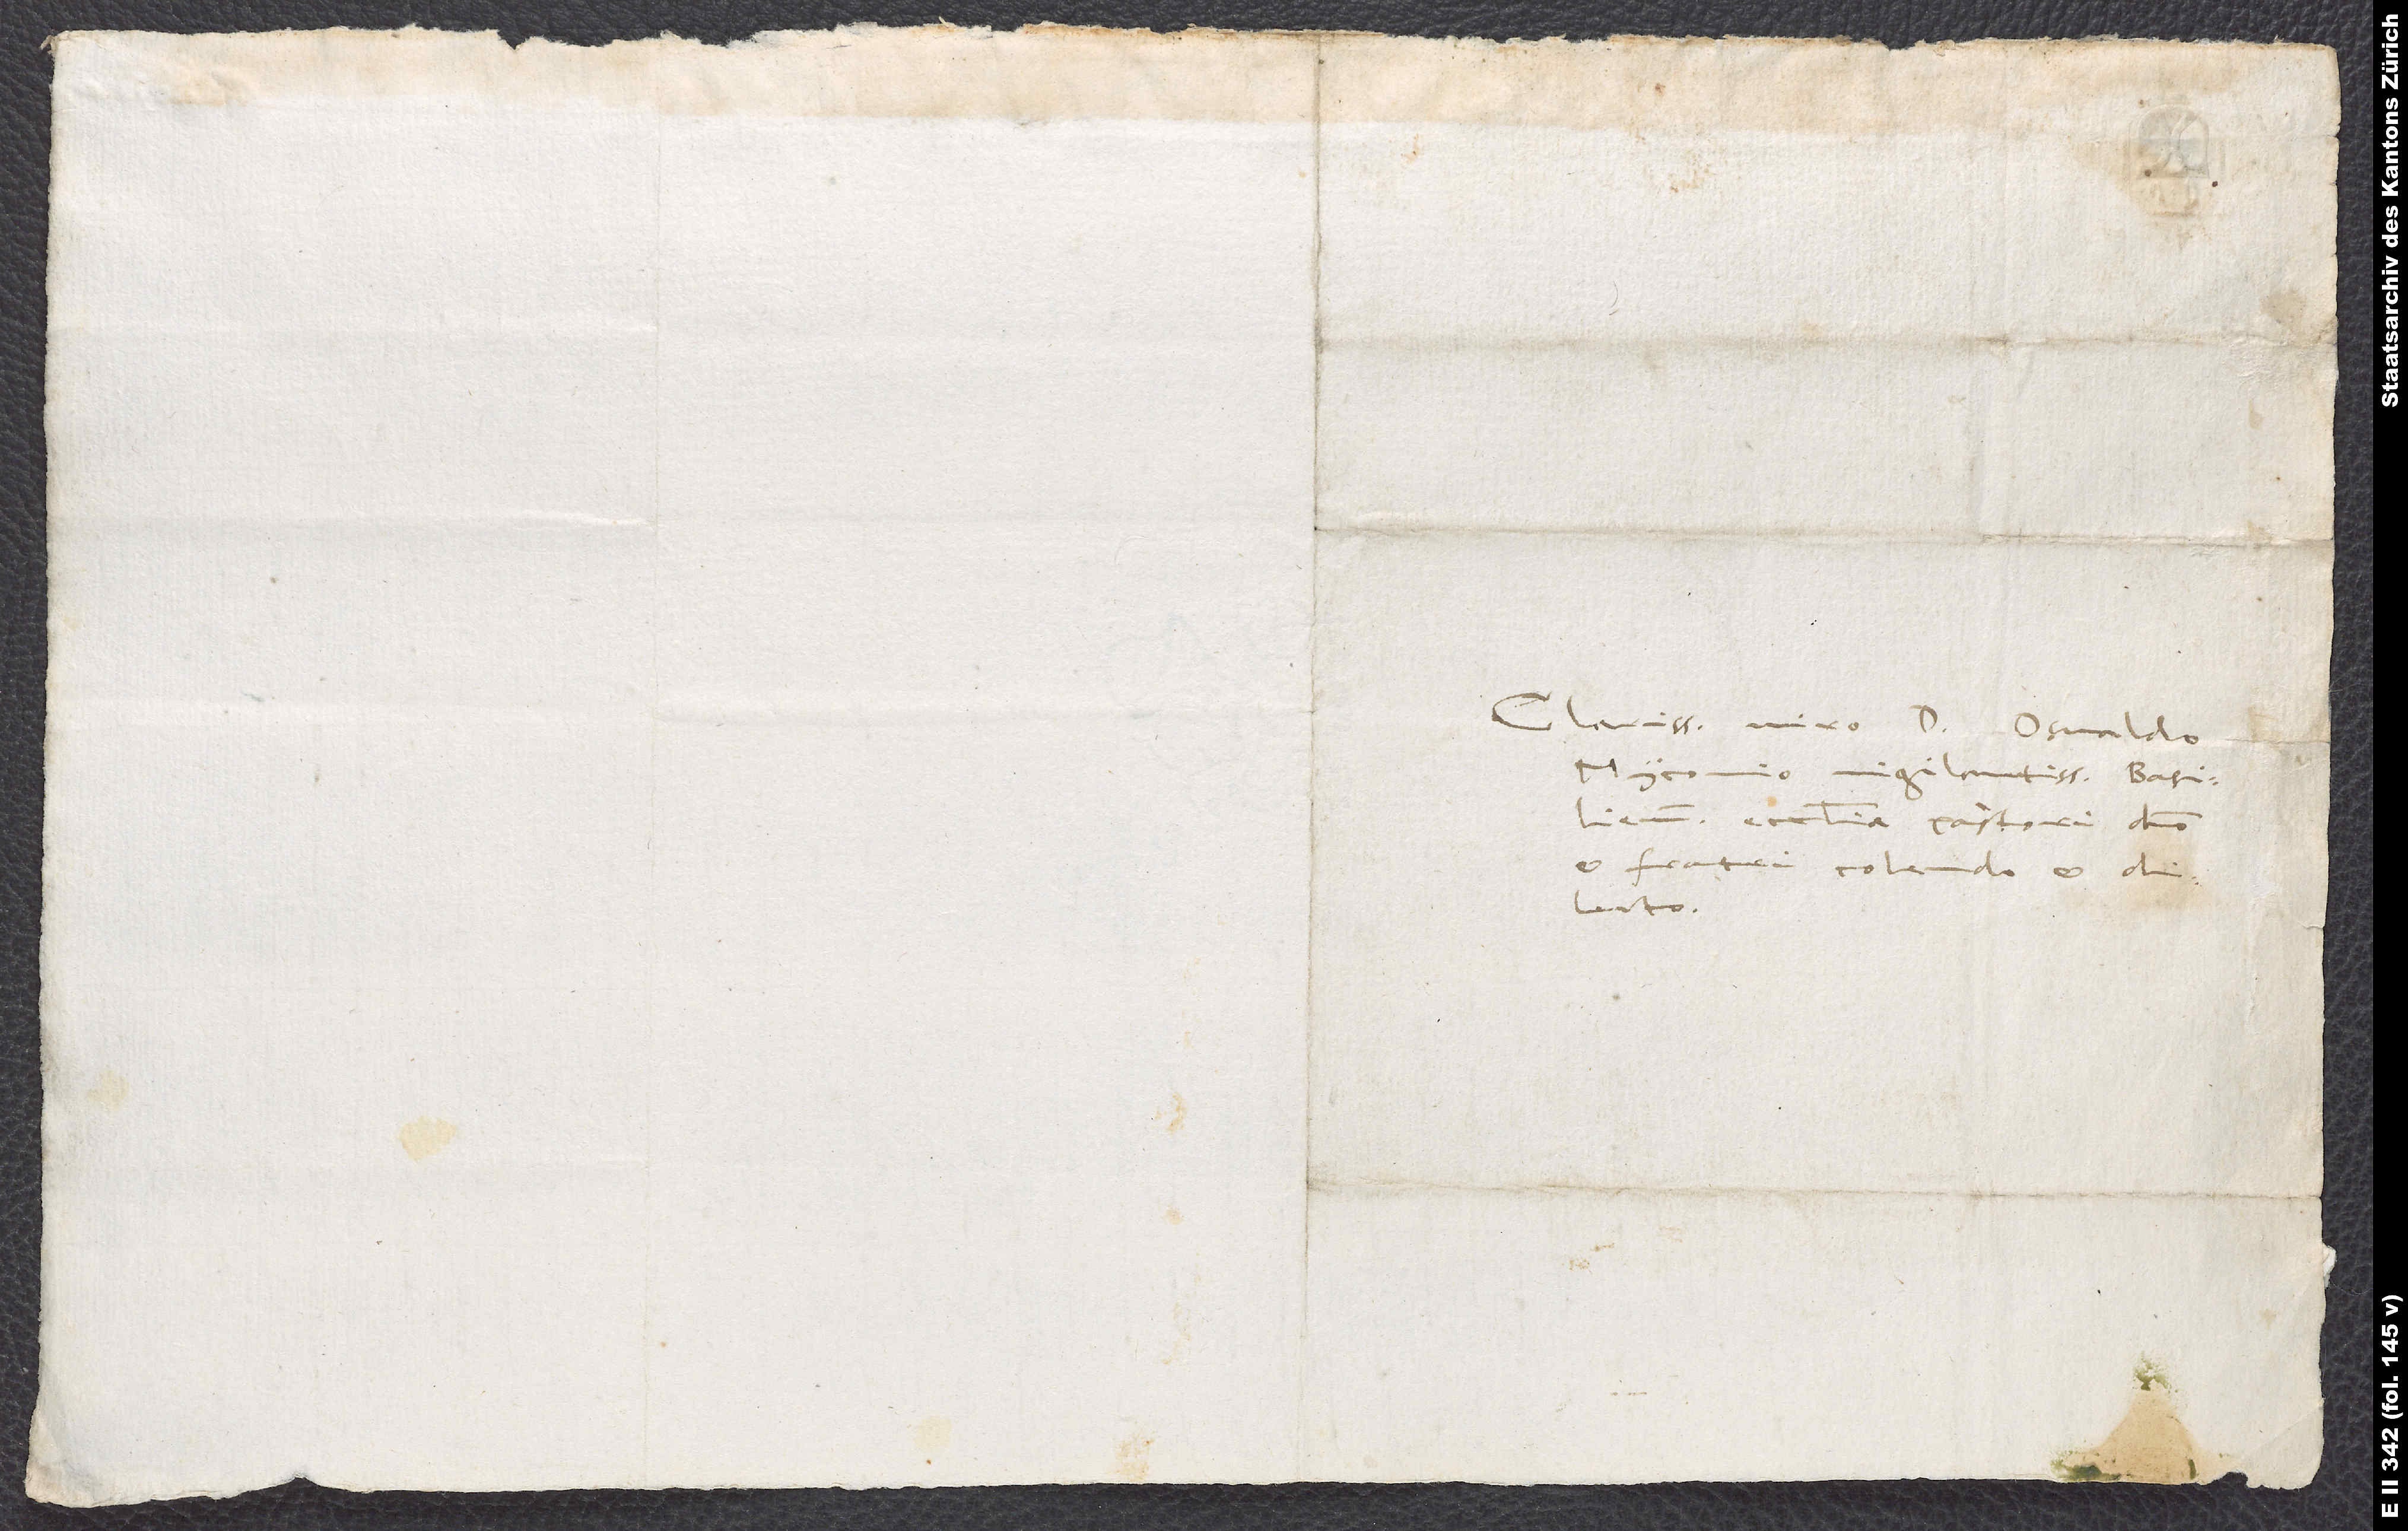
Clarissimo viro d. Osvaldo
Myconio, vigilantissimo Basiliensis
ecclesiae pastori, domino
et fratri colendo et
dilecto.